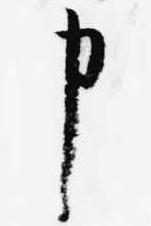
申